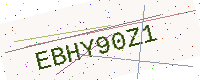
Text: EBHY90Z1